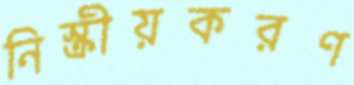
নিস্ক্রীয়করণ